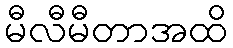
မီလီမီတာအထိ